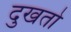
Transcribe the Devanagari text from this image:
दुखतो